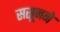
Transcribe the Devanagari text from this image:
ससूनने